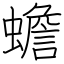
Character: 蟾